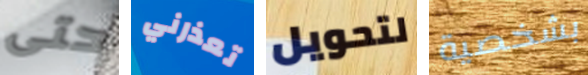
حتى تعذرني لتحويل بشخصية